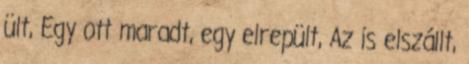
ült, Egy ott maradt, egy elrepült, Az is elszállt,